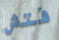
فتش